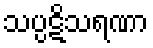
သပ္ပဋိသရဏာ